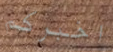
اخبركم